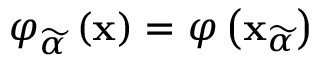
\varphi _ { \widetilde { \alpha } } \left( \mathbf { x } \right) = \varphi \left( \mathbf { x } _ { \widetilde { \alpha } } \right)